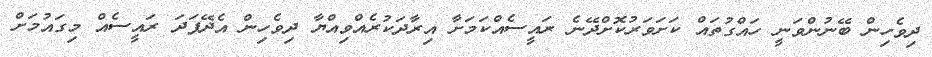
ދިވެހިން ބޭނުންވަނީ ހައްގުތައް ކަށަވަރުކޮށްދޭނެ ރައީސެއްކަމަށާ އިރާދަކުރެއްވިއްޔާ ދިވެހިން އެދޭފަދަ ރައީސެއް މިގައުމަށް